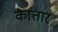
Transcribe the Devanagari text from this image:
कांतार